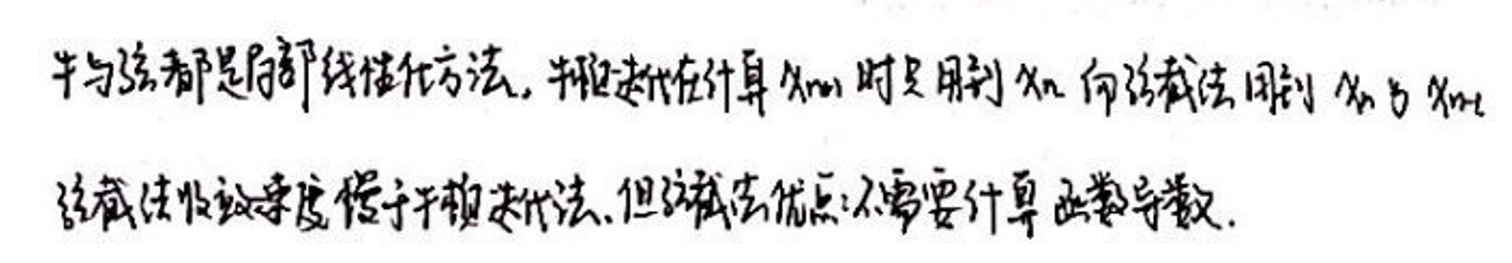
牛与弦都是局部线性化方法。牛顿迭代在计算 \(x_{n + 1}\) 时是用到 \(x_n\) 而弦截法用到 \(x_n\) 与 \(x_{n - 1}\)。弦截法收敛速度慢于牛顿迭代法，但弦截法优点:不需要计算函数导数。